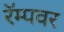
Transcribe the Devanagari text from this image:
रॅम्पवर